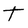
Character: T